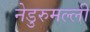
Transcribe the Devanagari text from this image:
नेडुरुमल्ली